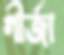
গীর্জা